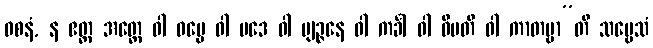
ဝစနံ, န ဧတ္ထ အတ္ထေ ဝါ ဓမ္မေ ဝါ ပဒေ ဝါ ဗျဉ္ဇနေ ဝါ ကင်္ခါ ဝါ ဝိမတိ ဝါ ကာတဗ္ဗာ”တိ သဗ္ဗေသံ